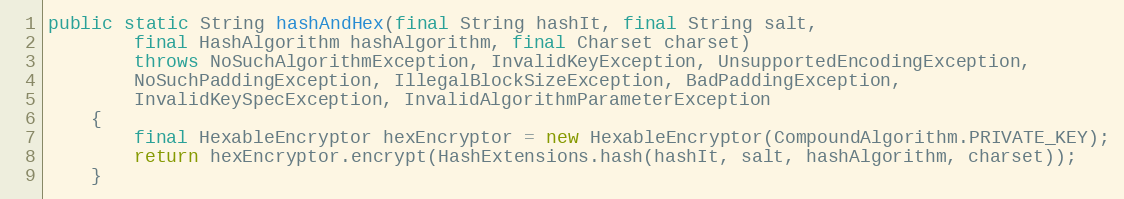
Language: Java
public static String hashAndHex(final String hashIt, final String salt,
		final HashAlgorithm hashAlgorithm, final Charset charset)
		throws NoSuchAlgorithmException, InvalidKeyException, UnsupportedEncodingException,
		NoSuchPaddingException, IllegalBlockSizeException, BadPaddingException,
		InvalidKeySpecException, InvalidAlgorithmParameterException
	{
		final HexableEncryptor hexEncryptor = new HexableEncryptor(CompoundAlgorithm.PRIVATE_KEY);
		return hexEncryptor.encrypt(HashExtensions.hash(hashIt, salt, hashAlgorithm, charset));
	}